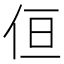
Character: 𠈗